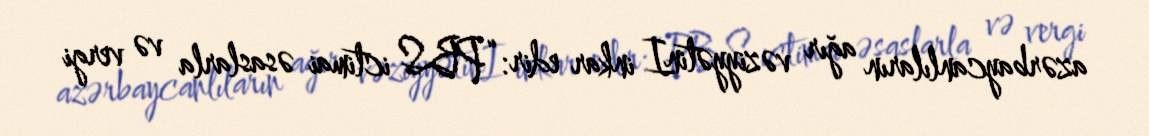
azərbaycanlıların ağır vəziyyətinI inkar edir: “PBS ictimai əsaslarla və vergi